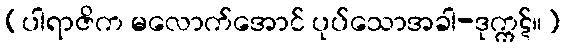
(ပါရာဇိက မလောက်အောင် ပုပ်သောအခါ-ဒုက္ကဋ်။)